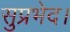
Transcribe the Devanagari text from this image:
सुप्रभेद।